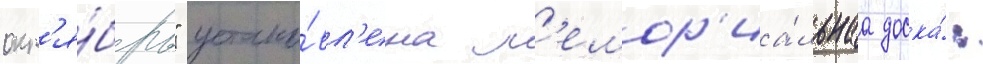
окт'я́брь" устано́вл'ена м'емор'иа́льнаа доска́: